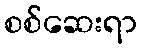
စစ်ဆေးရာ